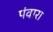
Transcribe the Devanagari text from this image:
पंवारा